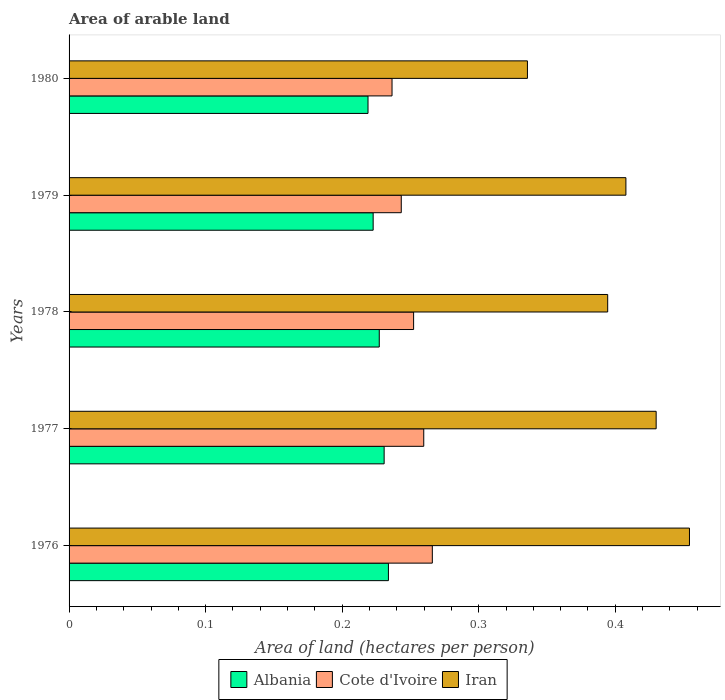
| Years | Albania | Cote d'Ivoire | Iran |
 | --- | --- | --- | --- |
 | 1976 | 0.234 | 0.266 | 0.454 |
 | 1977 | 0.231 | 0.26 | 0.43 |
 | 1978 | 0.227 | 0.252 | 0.394 |
 | 1979 | 0.223 | 0.243 | 0.408 |
 | 1980 | 0.219 | 0.237 | 0.336 |